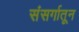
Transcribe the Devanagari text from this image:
संसर्गातून